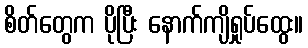
စိတ်တွေက ပိုပြီး နောက်ကျိရှုပ်ထွေး။